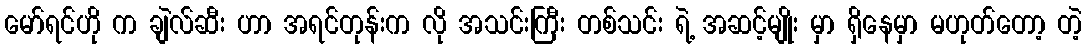
မော်ရင်ဟို က ချဲလ်ဆီး ဟာ အရင်တုန်းက လို အသင်းကြီး တစ်သင်း ရဲ့ အဆင့်မျိုး မှာ ရှိနေမှာ မဟုတ်တော့ တဲ့